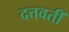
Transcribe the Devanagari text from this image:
दत्तवतीं